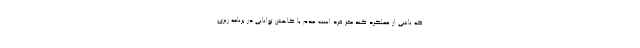
که ناشی از عملکرد کند مغز فرد است.عدم یا کاهش توانایی در برنامه ریزی